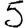
Digit: 5